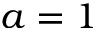
a = 1